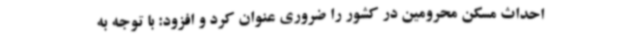
احداث مسکن محرومین در کشور را ضروری عنوان کرد و افزود: با توجه به